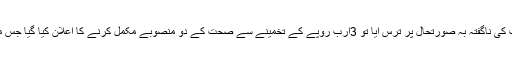
گزشتہ برس یوایس ایڈ کو شعبہ صحت کی ناگفتہ بہ صورتحال پر ترس آیا تو 3ارب روپے کے تخمینے سے صحت کے دو منصوبے مکمل کرنے کا اعلان کیا گیا جس میں برن ہاسپٹل کا قیام بھی شامل ہے ۔